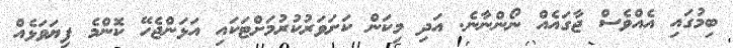
ބިމުގައި އެއްވެސް ޖާގައެއް ނޯންނާނެ. އަދި މިކަން ކަށަވަރުކުރުމަށްޓަކައި އަޅަންޖެހޭ ކޮންމެ ފިޔަވަޅެއް